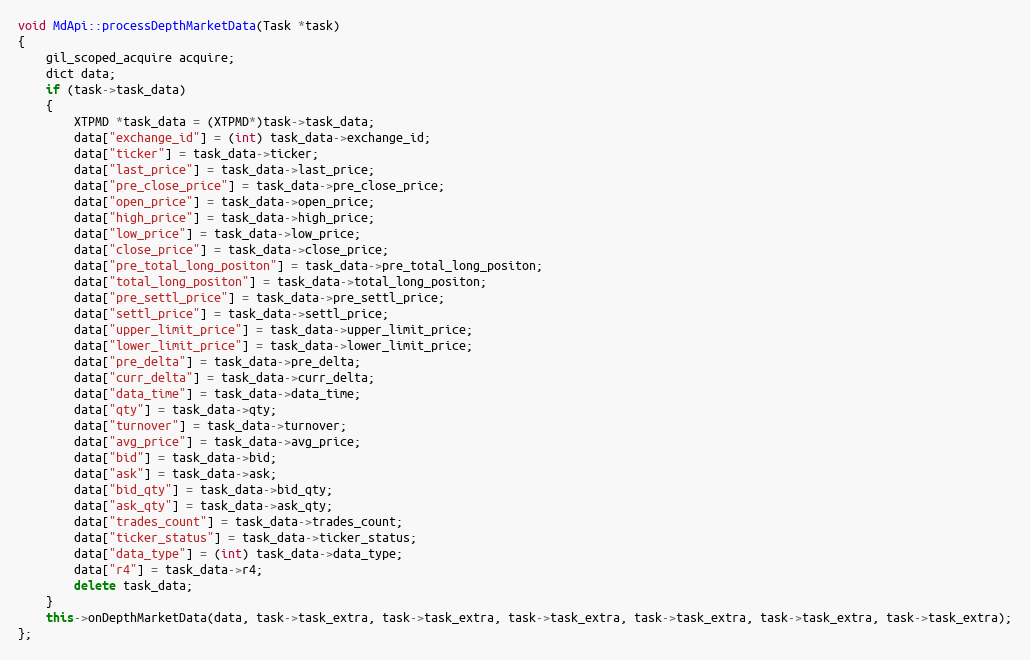
Language: C++
void MdApi::processDepthMarketData(Task *task)
{
	gil_scoped_acquire acquire;
	dict data;
	if (task->task_data)
	{
		XTPMD *task_data = (XTPMD*)task->task_data;
		data["exchange_id"] = (int) task_data->exchange_id;
		data["ticker"] = task_data->ticker;
		data["last_price"] = task_data->last_price;
		data["pre_close_price"] = task_data->pre_close_price;
		data["open_price"] = task_data->open_price;
		data["high_price"] = task_data->high_price;
		data["low_price"] = task_data->low_price;
		data["close_price"] = task_data->close_price;
		data["pre_total_long_positon"] = task_data->pre_total_long_positon;
		data["total_long_positon"] = task_data->total_long_positon;
		data["pre_settl_price"] = task_data->pre_settl_price;
		data["settl_price"] = task_data->settl_price;
		data["upper_limit_price"] = task_data->upper_limit_price;
		data["lower_limit_price"] = task_data->lower_limit_price;
		data["pre_delta"] = task_data->pre_delta;
		data["curr_delta"] = task_data->curr_delta;
		data["data_time"] = task_data->data_time;
		data["qty"] = task_data->qty;
		data["turnover"] = task_data->turnover;
		data["avg_price"] = task_data->avg_price;
		data["bid"] = task_data->bid;
		data["ask"] = task_data->ask;
		data["bid_qty"] = task_data->bid_qty;
		data["ask_qty"] = task_data->ask_qty;
		data["trades_count"] = task_data->trades_count;
		data["ticker_status"] = task_data->ticker_status;
		data["data_type"] = (int) task_data->data_type;
		data["r4"] = task_data->r4;
		delete task_data;
	}
	this->onDepthMarketData(data, task->task_extra, task->task_extra, task->task_extra, task->task_extra, task->task_extra, task->task_extra);
};